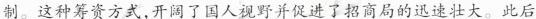
制。这种筹资方式，开阔了国人视野并促进了招商局的迅速壮大。此后